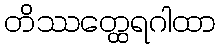
တိဿတ္ထေရဂါထာ